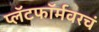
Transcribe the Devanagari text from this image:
प्लॅटफॉर्मवरचं